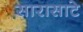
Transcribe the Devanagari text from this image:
सारासाटे